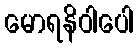
မောရနိဝါပေါ